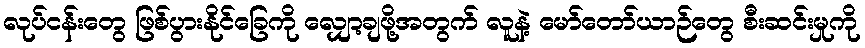
လုပ်ငန်းတွေ ဖြစ်ပွားနိုင်ခြေကို လျှော့ချဖို့အတွက် လူနဲ့ မော်တော်ယာဉ်တွေ စီးဆင်းမှုကို